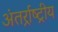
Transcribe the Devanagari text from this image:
अंतर्र्राष्‍ट्रीय